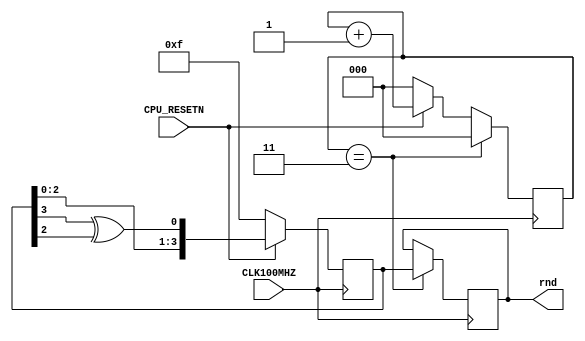
`timescale 1ns / 1ps
//////////////////////////////////////////////////////////////////////////////////
// Company: 
// Engineer: 
// 
// Design Name: 
// Module Name: LFSR
// Project Name: 
// Target Devices: 
// Tool Versions: 
// Description: 
// 
// Dependencies: 
// 
// Revision:
// Revision 0.01 - File Created
// Additional Comments:
// 
//////////////////////////////////////////////////////////////////////////////////


module LFSR(
    input CLK100MHZ,
    input CPU_RESETN,
    output reg [3:0] rnd = 0
    );
    
    reg [3:0] random = 4'ha;
    reg [3:0] random_next = 0;
    reg [2:0] counter = 0;
    reg [2:0] counter_next = 0;
    
    wire feedback = random[3] ^ random[2];
    
    always @(posedge CLK100MHZ)begin
        if(~CPU_RESETN)begin
            random <= 4'hf;
            counter <= 0;
        end else begin
            random <= random_next;
            counter <= counter_next;
        end
        
        if(counter == 3)begin
            counter <= 0;
            rnd = random;
        end    
    end
    
    always @(*)begin
        random_next = random;
        counter_next = counter;
        
        random_next = {random[2:0], feedback};
        counter_next = counter + 1;
    end
endmodule